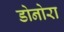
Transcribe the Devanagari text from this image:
डोनोरा